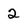
Character: 2